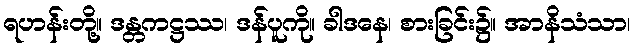
ရဟန်းတို့။ ဒန္တကဋ္ဌဿ၊ ဒန်ပူကို။ ခါဒနေ၊ စားခြင်း၌။ အာနိသံသာ၊